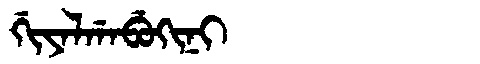
Manchu: ᡤᡳᠶᠠᠯᡤᠠᠪᡠᡴᡳᠨᡳ
Romanization: GIYALGABUKINI